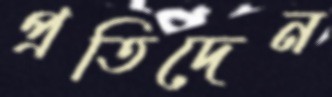
প্রতিদেন